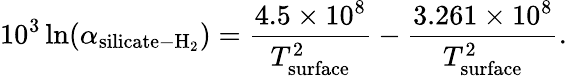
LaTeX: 10^{3}\ln(\alpha_{\mathrm{silicate-H_{2}}})=\frac{4.5\times 10^{8}}{T_{\mathrm{surface}}^{2}}-\frac{3.261\times 10^{8}}{T_{\mathrm{surface}}^{2}}.